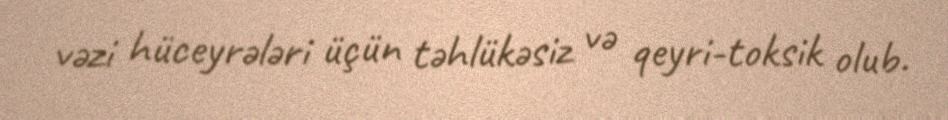
vəzi hüceyrələri üçün təhlükəsiz və qeyri-toksik olub.